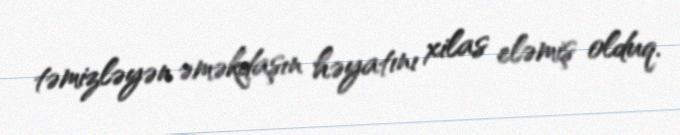
təmizləyən əməkdaşın həyatını xilas eləmiş olduq.